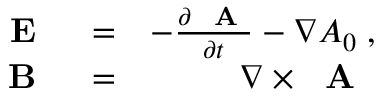
\begin{array} { r l r } { \mathrm { ~ \bf ~ E ~ } } & { { } = } & { - \frac { \partial \mathrm { ~ \bf ~ A ~ } } { \partial t } - \nabla A _ { 0 } \; , } \\ { \mathrm { ~ \bf ~ B ~ } } & { { } = } & { \nabla \times \mathrm { ~ \bf ~ A ~ } \; } \end{array}